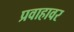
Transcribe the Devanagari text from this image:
प्रवाहावर